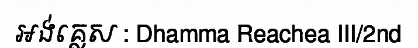
អង់គ្លេស : Dhamma Reachea III/2nd